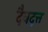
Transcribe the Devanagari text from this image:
दैवदत्त